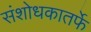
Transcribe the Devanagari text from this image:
संशोधकातर्फे